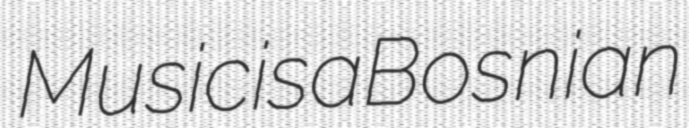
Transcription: Music is a Bosnian